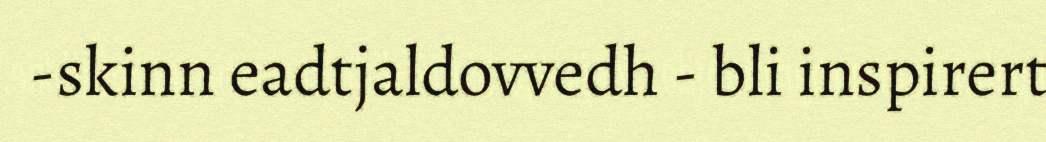
-skinn eadtjaldovvedh - bli inspirert